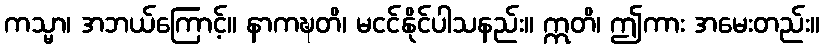
ကသ္မာ၊ အဘယ်ကြောင့်။ နာကဍ္ဎတိ၊ မငင်နိုင်ပါသနည်း။ ဣတိ၊ ဤကား အမေးတည်း။